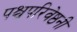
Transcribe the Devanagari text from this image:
पश्चपरिवेष्ठनी